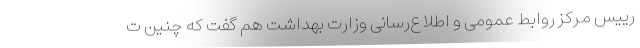
رییس مرکز روابط عمومی و اطلاع‌رسانی وزارت بهداشت هم گفت که چنین ت